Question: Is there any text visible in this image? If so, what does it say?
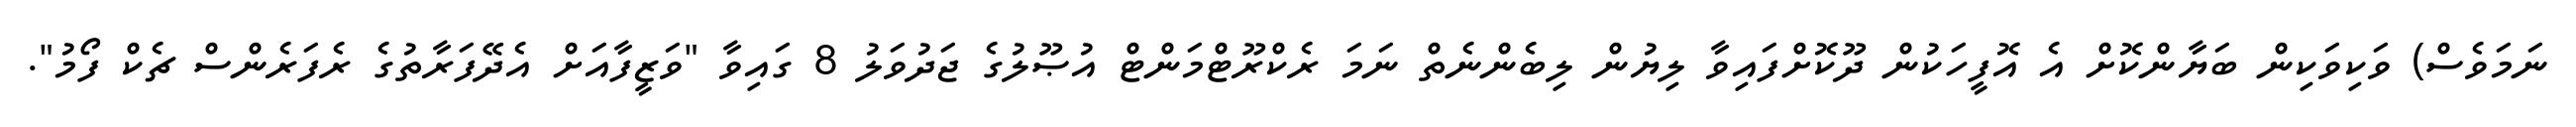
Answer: ނަމަވެސް) ވަކިވަކިން ބަޔާންކޮށް އެ އޮފީހަކުން ދޫކޮށްފައިވާ ލިޔުން ލިބެންނެތް ނަމަ ރެކްރޫޓްމަންޓް އުޞޫލުގެ ޖަދުވަލު 8 ގައިވާ "ވަޒީފާއަށް އެދޭފަރާތުގެ ރެފަރެންސް ޗެކް ފޯމު".